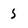
Character: 5